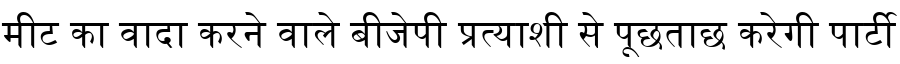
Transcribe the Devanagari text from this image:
मीट का वादा करने वाले बीजेपी प्रत्याशी से पूछताछ करेगी पार्टी